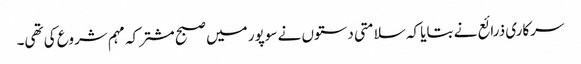
سرکاری ذرائع نے بتایا کہ سلامتی دستوں نے سوپور میں صبح مشترکہ مہم شروع کی تھی۔